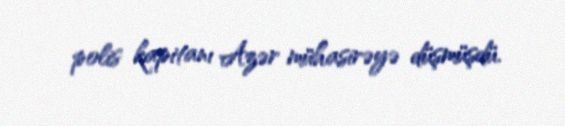
polis kapitanı Azər mühasirəyə düşmüşdü.